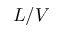
L / V